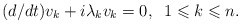
\begin{align*}(d/dt)v_k+i\lambda_k v_k=0, \;\; 1\leqslant k\leqslant n.\end{align*}